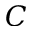
C